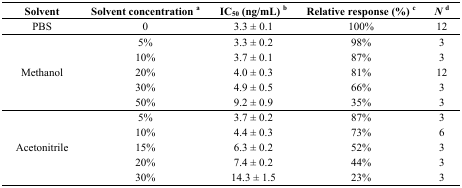
<table><thead><tr><td><b>Solvent</b></td><td><b>Solvent concentration <sup>a</sup></b></td><td><b>IC<sub>50</sub> (ng/mL) <sup>b</sup></b></td><td><b>Relative response (%) <sup>c</sup></b></td><td><b><i>N</i><sup>d</sup></b></td></tr></thead><tbody><tr><td>PBS</td><td>0</td><td>3.3 ± 0.1</td><td>100%</td><td>12</td></tr><tr><td rowspan="5">Methanol</td><td>5%</td><td>3.3 ± 0.2</td><td>98%</td><td>3</td></tr><tr><td>10%</td><td>3.7 ± 0.1</td><td>87%</td><td>3</td></tr><tr><td>20%</td><td>4.0 ± 0.3</td><td>81%</td><td>12</td></tr><tr><td>30%</td><td>4.9 ± 0.5</td><td>66%</td><td>3</td></tr><tr><td>50%</td><td>9.2 ± 0.9</td><td>35%</td><td>3</td></tr><tr><td rowspan="5">Acetonitrile</td><td>5%</td><td>3.7 ± 0.2</td><td>87%</td><td>3</td></tr><tr><td>10%</td><td>4.4 ± 0.3</td><td>73%</td><td>6</td></tr><tr><td>15%</td><td>6.3 ± 0.2</td><td>52%</td><td>3</td></tr><tr><td>20%</td><td>7.4 ± 0.2</td><td>44%</td><td>3</td></tr><tr><td>30%</td><td>14.3 ± 1.5</td><td>23%</td><td>3</td></tr></tbody></table>